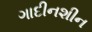
ગાદીનશીન